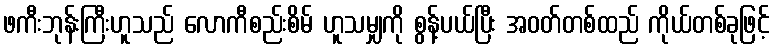
ဖကီးဘုန်းကြီးဟူသည် လောကီစည်းစိမ် ဟူသမျှကို စွန့်ပယ်ပြီး အဝတ်တစ်ထည် ကိုယ်တစ်ခုဖြင့်